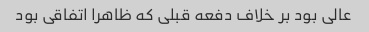
عالی بود بر خلاف دفعه قبلی که ظاهرا اتفاقی بود